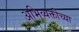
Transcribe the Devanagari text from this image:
अभिव्यक्तींच्या